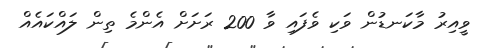
ވީއިރު މާކަނޑުން ވަކި ވެފައި ވާ 200 ރަށަށް އެންމެ ތިން ލައްކައެއް